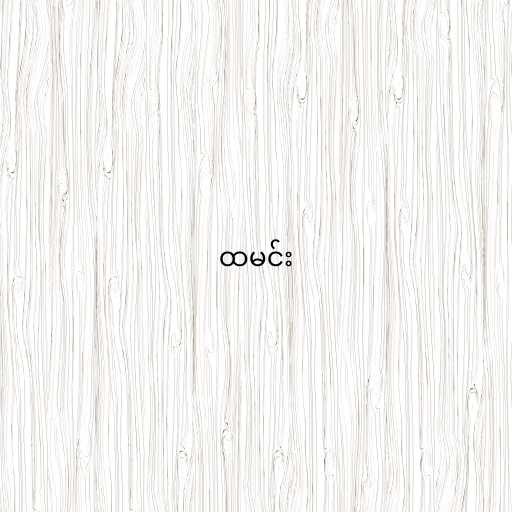
ထမင်း